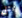
بمثل